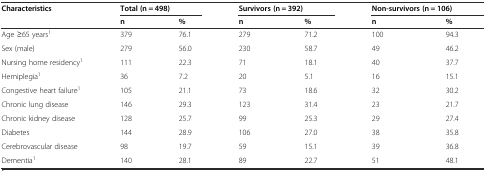
<table><thead><tr><td><b>Characteristics</b></td><td colspan="2"><b>Total (n = 498)</b></td><td colspan="2"><b>Survivors (n = 392)</b></td><td colspan="2"><b>Non-survivors (n = 106)</b></td></tr><tr><td></td><td><b>n</b></td><td><b>%</b></td><td><b>n</b></td><td><b>%</b></td><td><b>n</b></td><td><b>%</b></td></tr></thead><tbody><tr><td>Age ≥65 years<sup>1</sup></td><td>379</td><td>76.1</td><td>279</td><td>71.2</td><td>100</td><td>94.3</td></tr><tr><td>Sex (male)</td><td>279</td><td>56.0</td><td>230</td><td>58.7</td><td>49</td><td>46.2</td></tr><tr><td>Nursing home residency<sup>1</sup></td><td>111</td><td>22.3</td><td>71</td><td>18.1</td><td>40</td><td>37.7</td></tr><tr><td>Hemiplegia<sup>1</sup></td><td>36</td><td>7.2</td><td>20</td><td>5.1</td><td>16</td><td>15.1</td></tr><tr><td>Congestive heart failure<sup>1</sup></td><td>105</td><td>21.1</td><td>73</td><td>18.6</td><td>32</td><td>30.2</td></tr><tr><td>Chronic lung disease</td><td>146</td><td>29.3</td><td>123</td><td>31.4</td><td>23</td><td>21.7</td></tr><tr><td>Chronic kidney disease</td><td>128</td><td>25.7</td><td>99</td><td>25.3</td><td>29</td><td>27.4</td></tr><tr><td>Diabetes</td><td>144</td><td>28.9</td><td>106</td><td>27.0</td><td>38</td><td>35.8</td></tr><tr><td>Cerebrovascular disease</td><td>98</td><td>19.7</td><td>59</td><td>15.1</td><td>39</td><td>36.8</td></tr><tr><td>Dementia<sup>1</sup></td><td>140</td><td>28.1</td><td>89</td><td>22.7</td><td>51</td><td>48.1</td></tr></tbody></table>